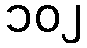
၁၀၂